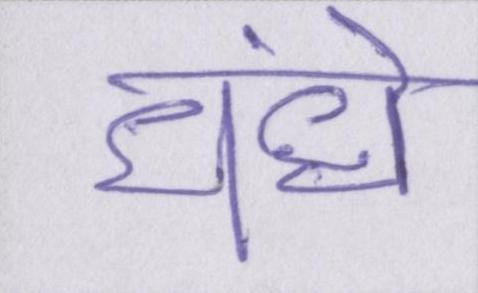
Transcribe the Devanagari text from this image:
धंधे